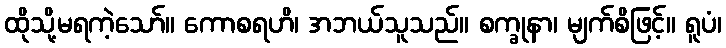
ထိုသို့မရကဲ့သော်။ ကောစရဟိ၊ အဘယ်သူသည်။ စက္ခုနာ၊ မျက်စိဖြင့်။ ရူပံ၊